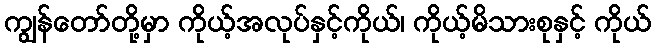
ကျွန်တော်တို့မှာ ကိုယ့်အလုပ်နှင့်ကိုယ်၊ ကိုယ့်မိသားစုနှင့် ကိုယ်